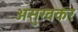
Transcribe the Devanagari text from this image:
असुखकर